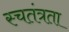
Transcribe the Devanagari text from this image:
स्चतंत्रता